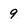
Character: 9